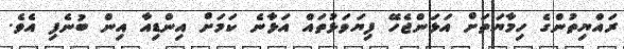
ރައްޔިތުންގެ ހިމާޔަތަށް އަޅަންޖެހޭ ފިޔަވަޅުތައް އަޅާނެ ކަމަށް އިންޑިއާ އިން ބުނެފި އެވެ.